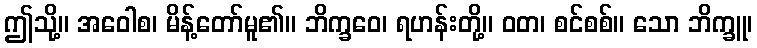
ဤသို့။ အဝေါစ၊ မိန့်တော်မူ၏။ ဘိက္ခဝေ၊ ရဟန်းတို့။ ဝတ၊ စင်စစ်။ သော ဘိက္ခူ၊